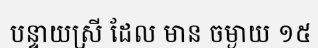
បន្ទាយស្រី ដែល មាន ចម្ងាយ ១៥